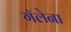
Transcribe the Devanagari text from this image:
गॅलेना